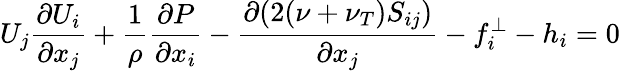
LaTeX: U_{j}\frac{\partial U_{i}}{\partial x_{j}}+\frac{1}{\rho}\frac{\partial P}{\partial x_{i}}-\frac{\partial(2(\nu+\nu_{T})S_{ij})}{\partial x_{j}}-f_{i}^{\perp}-h_{i}=0